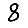
Digit: 8